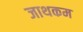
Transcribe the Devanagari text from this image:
जाथकम